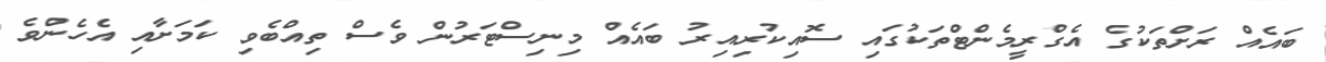
ބައެއް ރަށްތަކުގެ އެގްރީމެންޓްތަކުގައި ސޮއިކުރިއިރު ބައެއް މިނިސްޓަރުން ވެސް ތިއްބެވި ކަމަށާއި އެހެންވެ